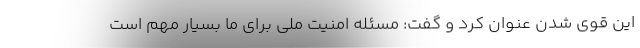
این قوی شدن عنوان کرد و گفت: مسئله امنیت ملی برای ما بسیار مهم است